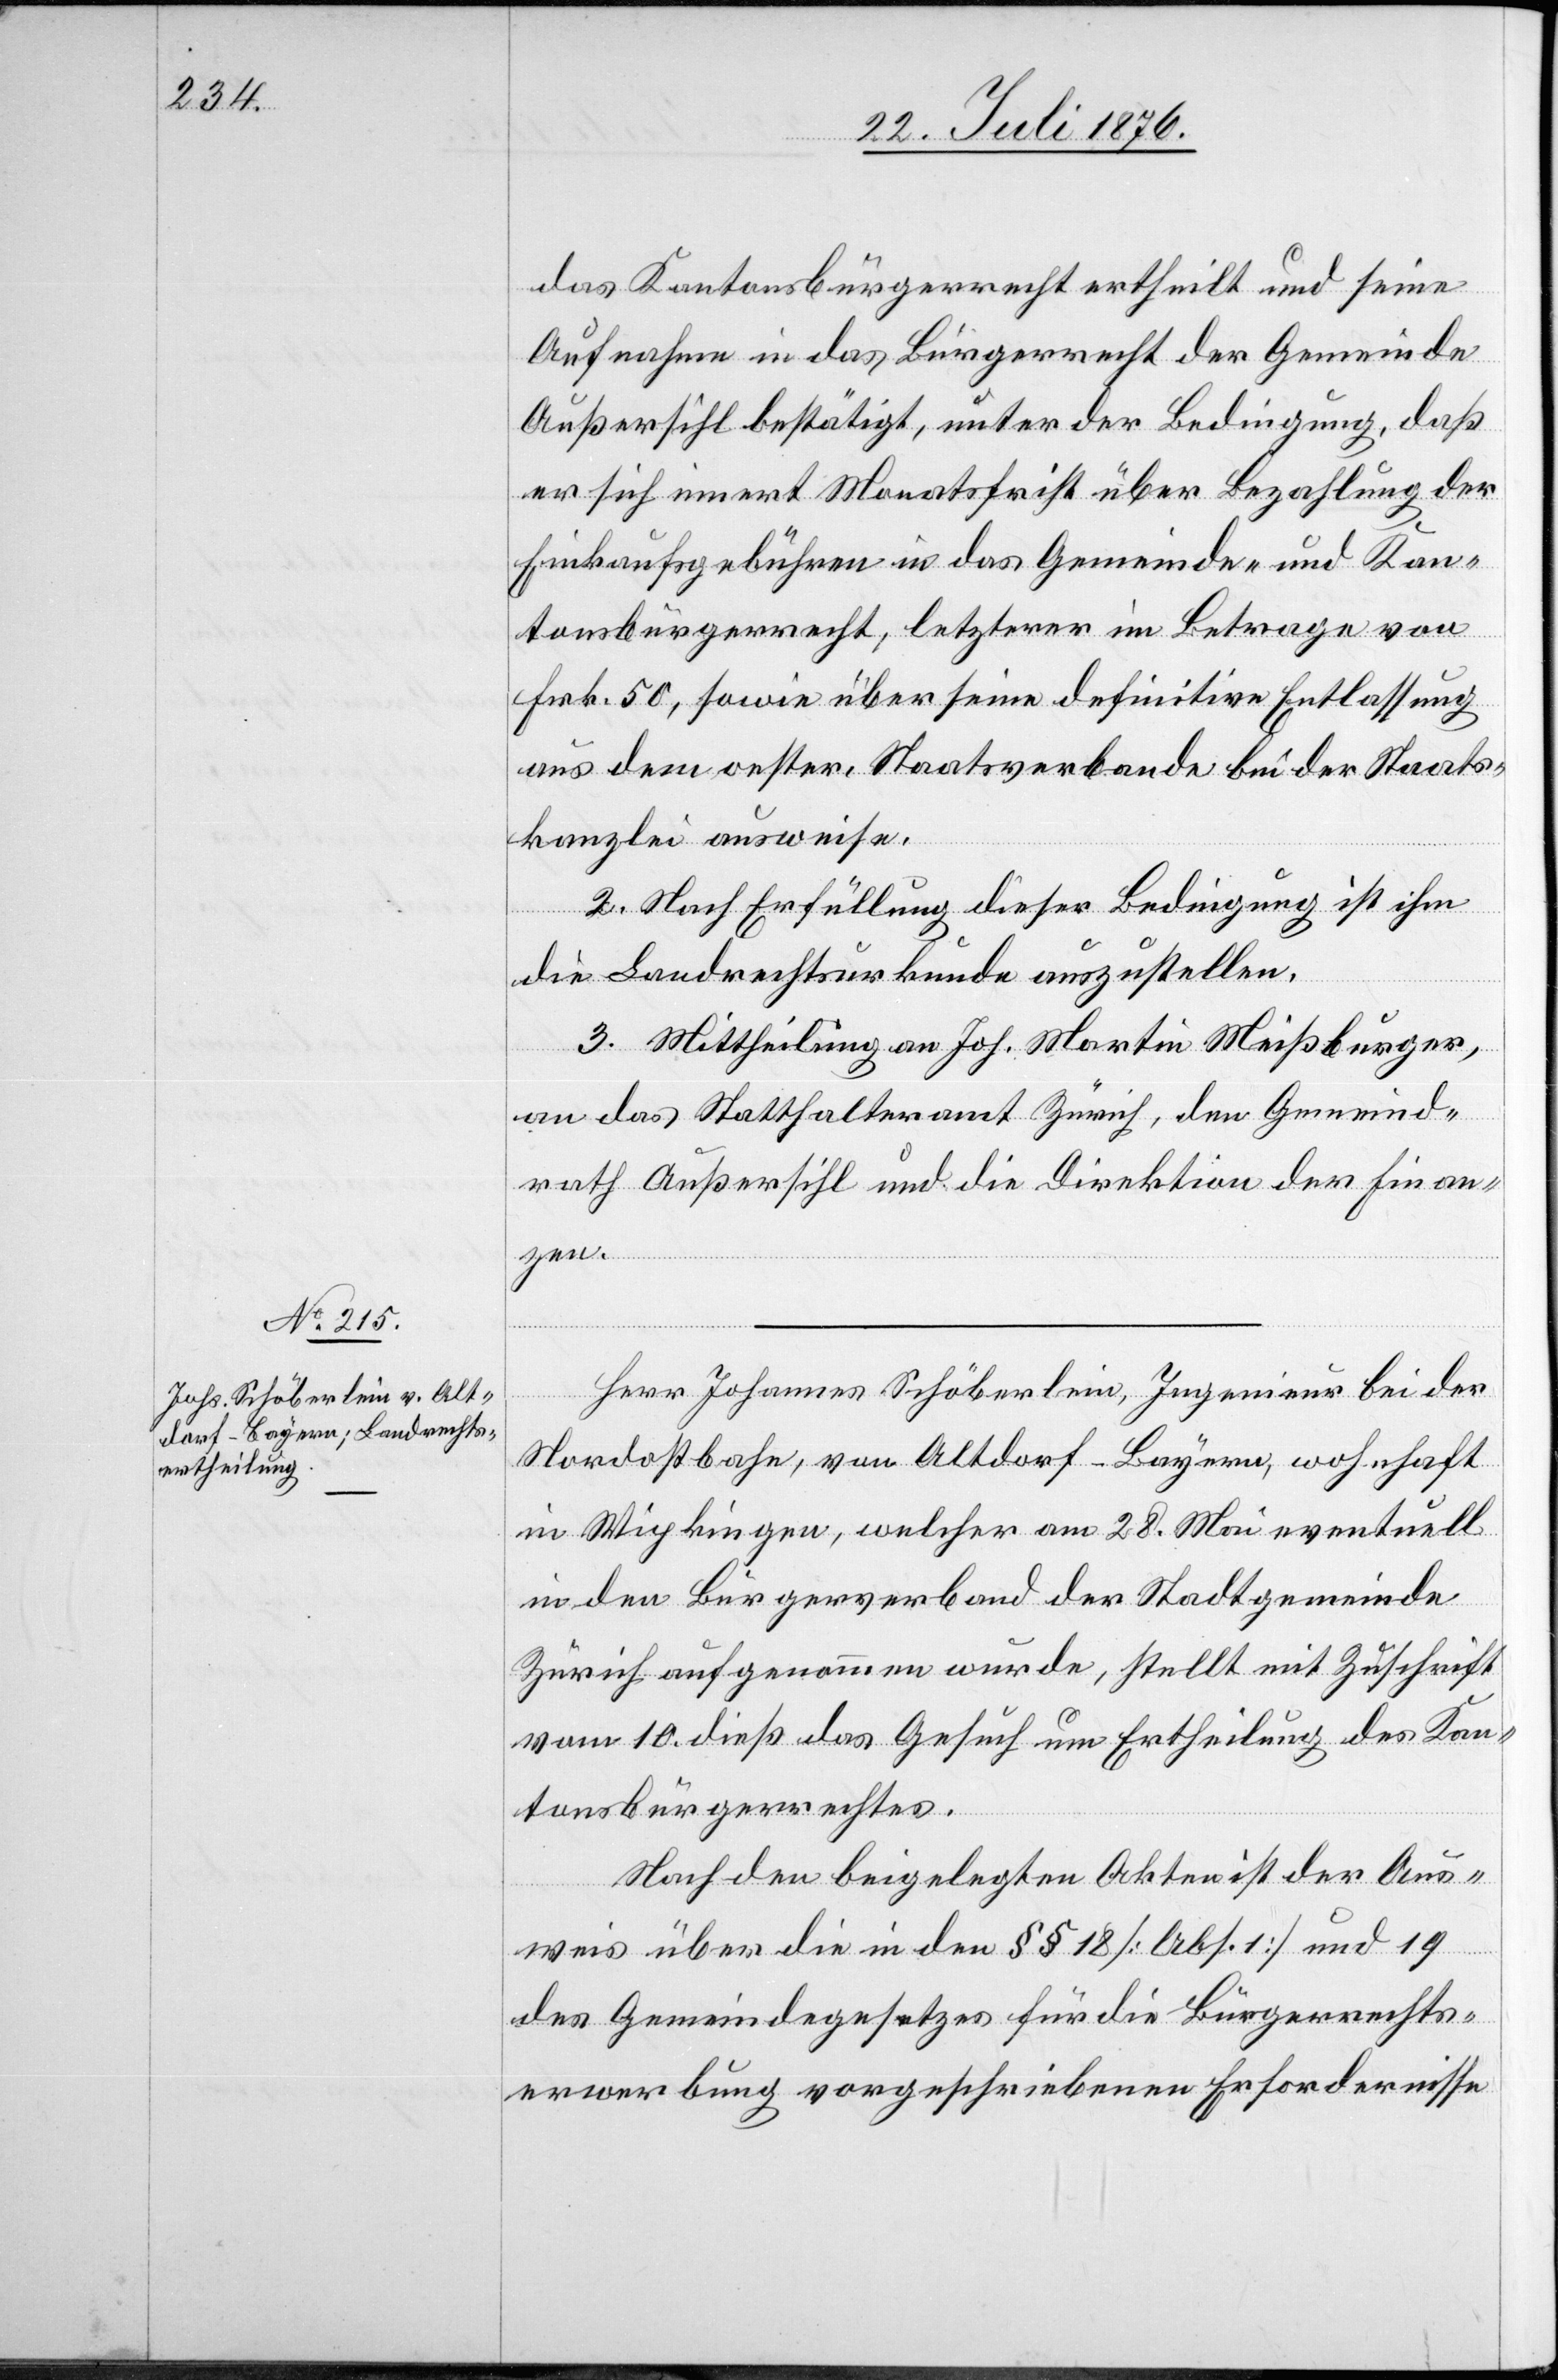
das Kantonsbürgerrecht ertheilt und seine
Aufnahme in das Bürgerrecht der Gemeinde
Außersihl bestätigt, unter der Bedingung, daß
er sich innert Monatsfrist über Bezahlung der
Einkaufsgebühren in das Gemeinde- und Kan¬
tonsbürgerrecht, letzterer im Betrage von
Frk. 50, sowie über seine definitive Entlassung
aus dem oester. Staatsverbande bei der Staats¬
kanzlei ausweise.
2. Nach Erfüllung dieser Bedingung ist ihm
die Landrechtsurkunde auszustellen.
3. Mittheilung an Joh. Martin Meißburger,
an das Statthalteramt Zürich, den Gemeind¬
rath Außersihl und die Direktion der Finan¬
zen.